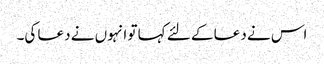
اس نے دعا کے لئے کہا تو انہوں نے دعا کی۔